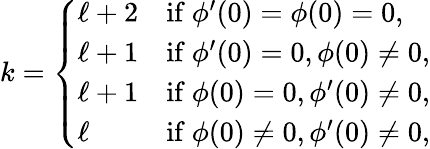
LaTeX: k=\left\{ \begin{array}{ll}{\ell+2}&{\mathrm{if~}\phi^{\prime}(0)=\phi(0)=0,}\\ {\ell+1}&{\mathrm{if~}\phi^{\prime}(0)=0,\phi(0)\neq 0,}\\ {\ell+1}&{\mathrm{if~}\phi(0)=0,\phi^{\prime}(0)\neq 0,}\\ {\ell}&{\mathrm{if~}\phi(0)\neq 0,\phi^{\prime}(0)\neq 0,}\end{array}\right.